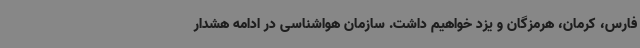
فارس، کرمان، هرمزگان و یزد خواهیم داشت. سازمان هواشناسی در ادامه هشدار